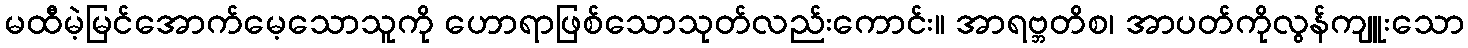
မထီမဲ့မြင်အောက်မေ့သောသူကို ဟောရာဖြစ်သောသုတ်လည်းကောင်း။ အာရဗ္ဘတိစ၊ အာပတ်ကိုလွန်ကျူးသော